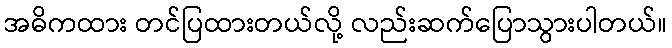
အဓိကထား တင်ပြထားတယ်လို့ လည်းဆက်ပြောသွားပါတယ်။